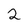
Character: 2